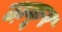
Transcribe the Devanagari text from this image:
ठा़कूर